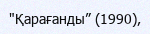
"Қарағанды” (1990),